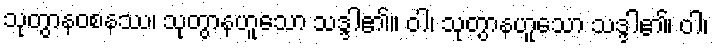
သုတွာနဝစနဿ၊ သုတွာနဟူသော သဒ္ဒါ၏။ ဝါ၊ သုတွာနဟူသော သဒ္ဒါ၏၊ ဝါ၊